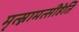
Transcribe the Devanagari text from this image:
मृत्स्नामत्सीहेति